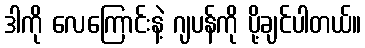
ဒါကို လေကြောင်းနဲ့ ဂျပန်ကို ပို့ချင်ပါတယ်။